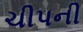
ચીપની